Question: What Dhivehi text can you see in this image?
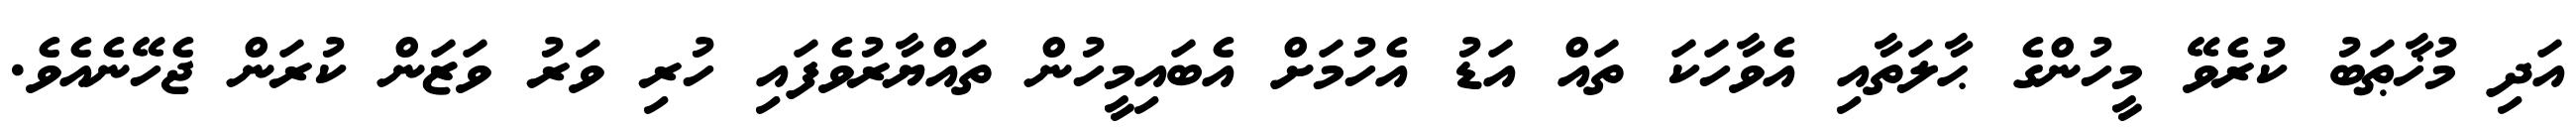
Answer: އަދި މުޚާޠަބު ކުރެވޭ މީހުންގެ ޙާލަތާއި އެވާހަކަ ތައް އަޑު އެހުމަށް އެބައިމީހުން ތައްޔާރުވެފައި ހުރި ވަރު ވަޒަން ކުރަން ޖެހޭނެއެވެ.